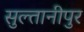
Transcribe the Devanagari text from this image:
सुल्तानीपुर